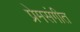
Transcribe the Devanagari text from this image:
प्रेमसंगीत